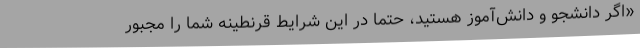
«اگر دانشجو و دانش‌آموز هستید، حتما در این شرایط قرنطینه شما را مجبور